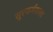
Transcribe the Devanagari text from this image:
सुरकर्मशाला